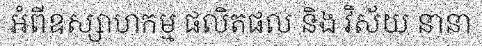
អំពីឧស្សាហកម្ម ផលិតផល និង វិស័យ នានា